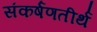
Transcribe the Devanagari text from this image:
संकर्षणतीर्थ